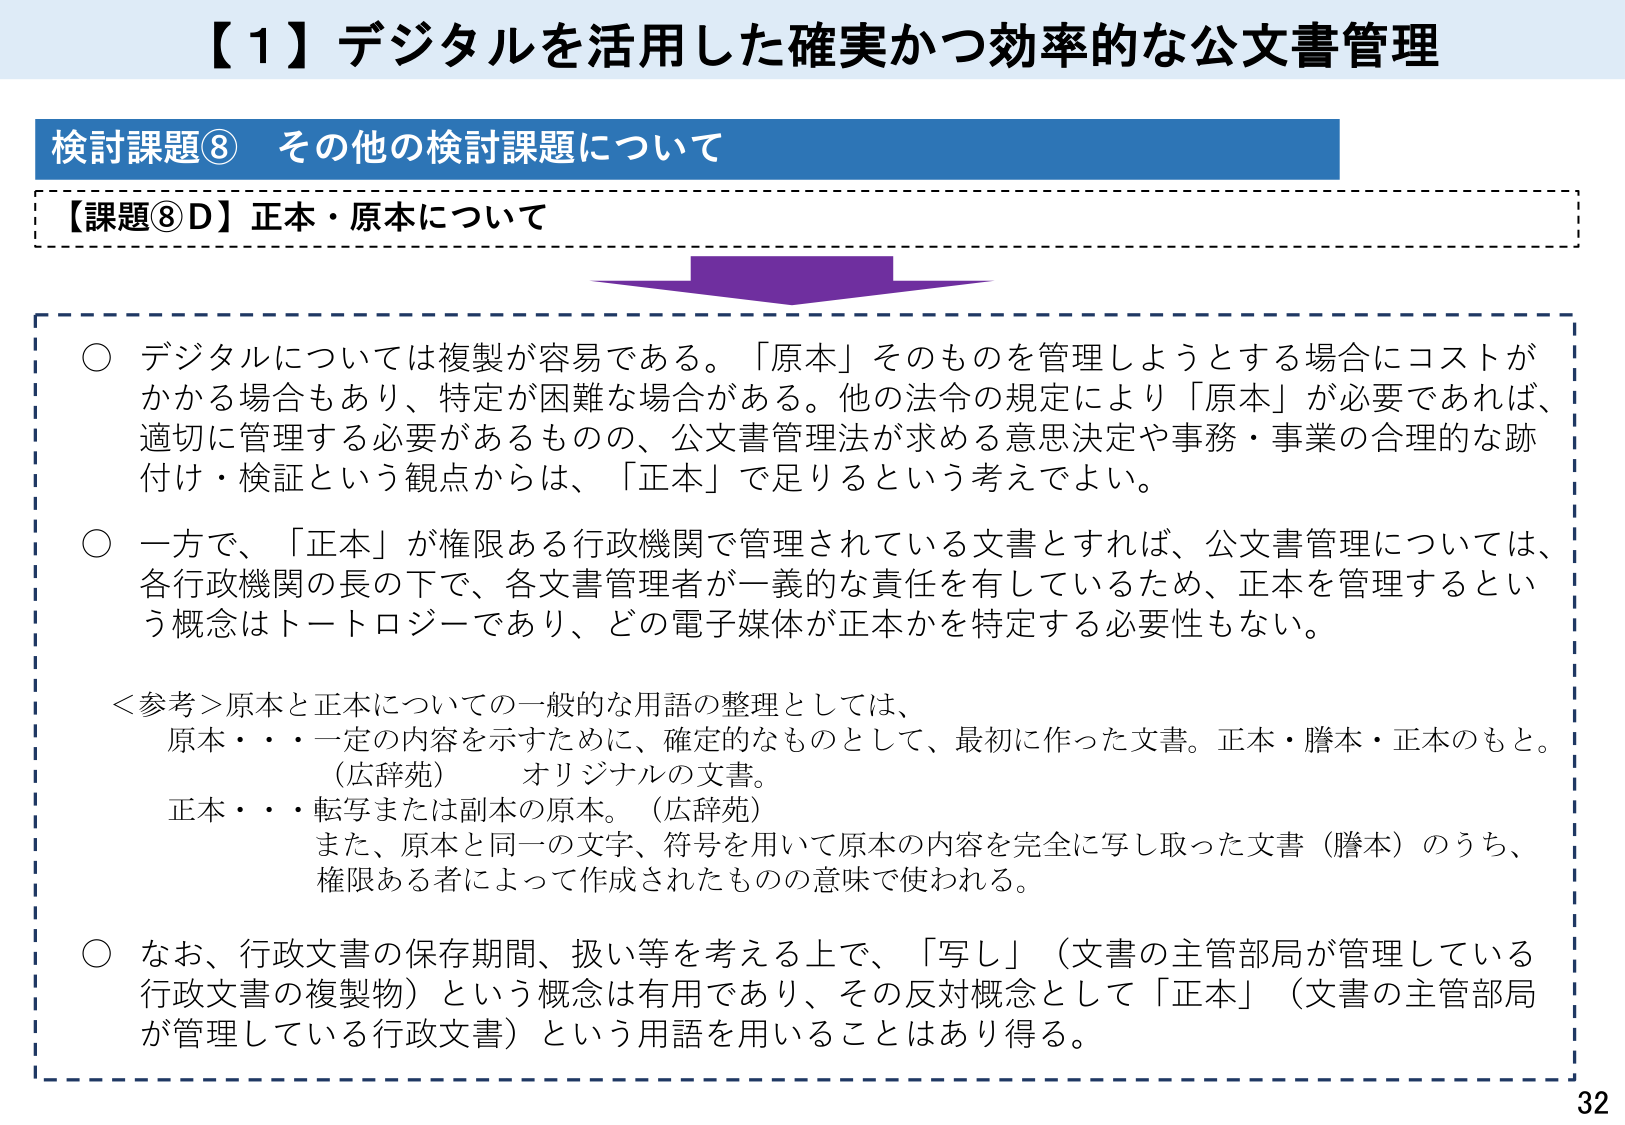
【１】デジタルを活用した確実かつ効率的な公文書管理

検討課題⑧ その他の検討課題について

【課題⑧D】正本・原本について

○ デジタルについては複製が容易である。「原本」そのものを管理しようとする場合にコストがかかる場合もあり、特定が困難な場合がある。他の法令の規定により「原本」が必要であれば、適切に管理する必要があるものの、公文書管理法が求める意思決定や事務・事業の合理的な跡付け・検証という観点からは、「正本」で足りるという考えでよい。

○ 一方で、「正本」が権限ある行政機関で管理されている文書とすれば、公文書管理については、各行政機関の長の下で、各文書管理者が一義的な責任を有しているため、正本を管理するという概念はトートロジーであり、どの電子媒体が正本かを特定する必要性もない。

＜参考＞原本と正本についての一般的な用語の整理としては、
　原本・・・一定の内容を示すために、確定的なものとして、最初に作った文書。正本・謄本・正本のもと。
　　　　　（広辞苑）　オリジナルの文書。
　正本・・・転写または副本の原本。（広辞苑）
　　　　　また、原本と同一の文字、符号を用いて原本の内容を完全に写し取った文書（謄本）のうち、
　　　　　権限ある者によって作成されたものの意味で使われる。

○ なお、行政文書の保存期間、扱い等を考える上で、「写し」（文書の主管部局が管理している行政文書の複製物）という概念は有用であり、その反対概念として「正本」（文書の主管部局が管理している行政文書）という用語を用いることはあり得る。

32